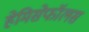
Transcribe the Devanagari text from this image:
हेमिसेफॉलस